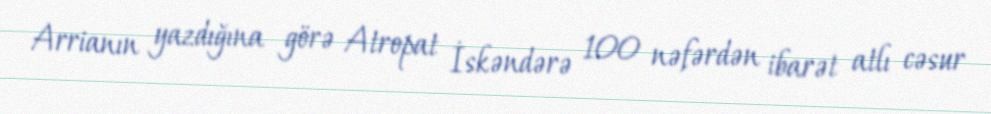
Arrianın yazdığına görə Atropat İskəndərə 100 nəfərdən ibarət atlı cəsur